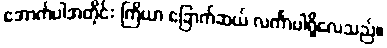
အောက်ပါအတိုင်း ကြိယာ ခြောက်ဆယ် လင်္ကာပါရှိလေသည်။